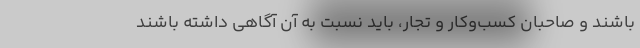
باشند و صاحبان کسب‌وکار و تجار، باید نسبت به آن‌ آگاهی داشته باشند